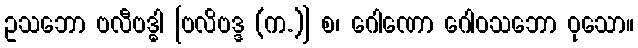
ဥသဘော ဗလီဗဒ္ဓါ [ဗလိဗဒ္ဒ (က.)] စ၊ ဂေါဏော ဂေါဝသဘော ဝုသော။